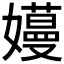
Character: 𫲏